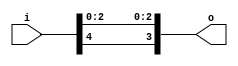
module bsg_concentrate_static_17
(
  i,
  o
);

  input [4:0] i;
  output [3:0] o;
  wire [3:0] o;
  assign o[3] = i[4];
  assign o[2] = i[2];
  assign o[1] = i[1];
  assign o[0] = i[0];

endmodule